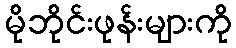
မိုဘိုင်းဖုန်းများကို